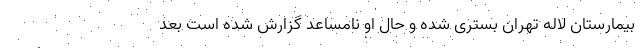
بیمارستان لاله تهران بستری شده و حال او نامساعد گزارش شده است بعد